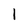
Character: l